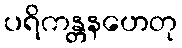
ပရိကန္တနဟေတု